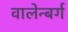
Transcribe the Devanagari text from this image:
वालेन्बर्ग